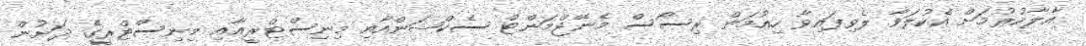
އާލާކުރުމަށް އެކުލަވާ ލެވިފައިވާ ހިއުމަން ރިސޯސް މެނޭޖްމަންޓް ސެކްޝަންއާއި މިނިސްޓްރީއާއި މިނިސްޓްރީގެ ދަށުން